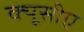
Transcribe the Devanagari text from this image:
क्यूसीए